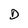
Character: D